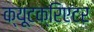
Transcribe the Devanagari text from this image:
क्यूटक्रिएटर